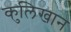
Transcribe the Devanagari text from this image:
कुलिखान